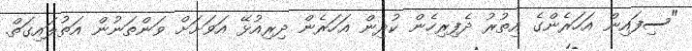
"ސިފައިން އަހަރެންގެ އިތުރު ދެފިރިހެން ކުދިން އަހަރެން ދިރިއުޅޭ އަވަށަށް ވަންތަނުން އަތުލައިގަތް.